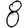
Digit: 8